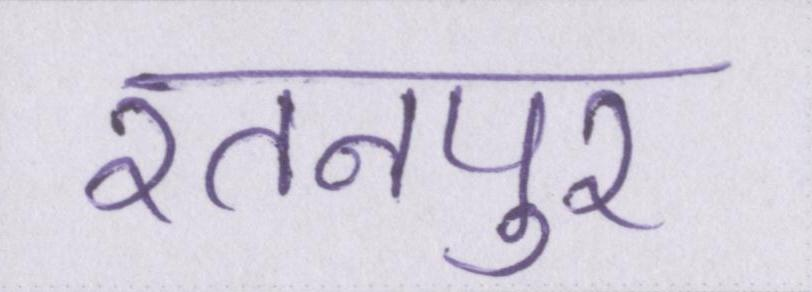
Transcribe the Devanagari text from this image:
रतनपुर